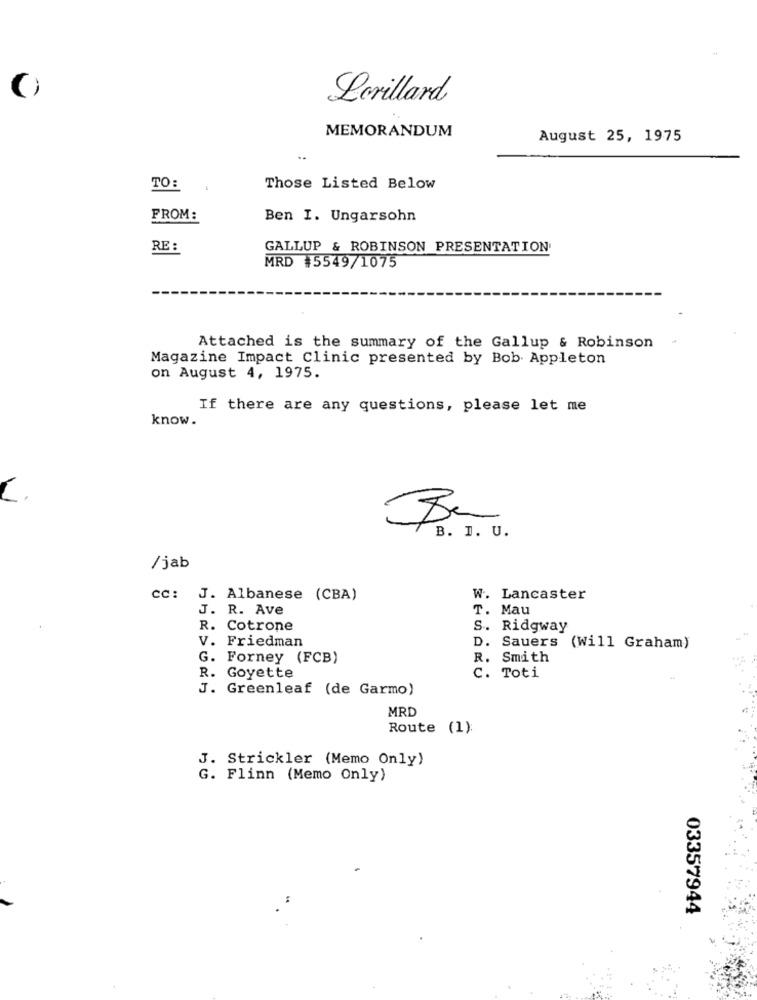
Lorillard
MEMORANDUM
August 25, 1975
TO:
Those Listed Below
FROM:
Ben I. Ungarsohn
RE :
GALLUP & ROBINSON PRESENTATION
MRD #5549/1075
Attached is the summary of the Gallup & Robinson
Magazine Impact Clinic presented by Bob Appleton
on August 4, 1975.
If there are any questions, please let me
know.
A
11
B. I. U.
/jab
cc: J. Albanese (CBA)
W. Lancaster
J. R. Ave
T. Mau
R. Cotrone
S. Ridgway
V. Friedman
D. Sauers (Will Graham)
G. Forney (FCB)
R. Smith
R. Goyette
C. Toti
J. Greenleaf (de Garmo)
MRD
Route (1):
J. Strickler (Memo Only)
G. Flinn (Memo Only)
03357944